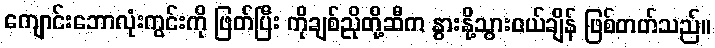
ကျောင်းဘောလုံးကွင်းကို ဖြတ်ပြီး ကိုချစ်ညိုတို့ဆီက နွားနို့သွားဝယ်ချိန် ဖြစ်တတ်သည်။